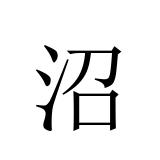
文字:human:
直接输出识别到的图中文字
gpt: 沼